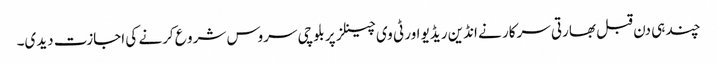
چند ہی دن قبل بھارتی سرکار نے انڈین ریڈیو اور ٹی وی چینلز پر بلوچی سروس شرو ع کرنے کی اجازت دیدی۔